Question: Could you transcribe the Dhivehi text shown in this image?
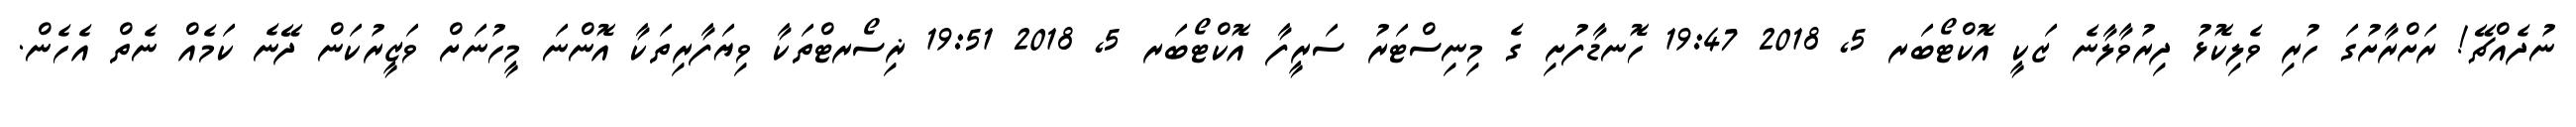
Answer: ނުދެއްޗޭ! ރަށްރާށުގަ ހުރި ވެލިކޮޅު ދިރުވާލާނެ ޒަކީ އޮކްޓޯބަރ 5, 2018 19:47 ހޮނޑާފުށި ގެ މިނިސްޓަރު ސަރީފާ އޮކްޓޯބަރ 5, 2018 19:51 ޜިސޯރޓްތަކާ ވިޔަފާރިތަކާ އޮންނަ މީހުނަށް ވަޒީރުކަން ދޭނެ ކަމެއް ނެތް އެހެން.